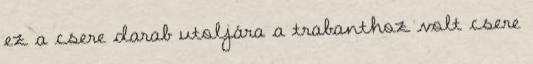
ez a csere darab utoljára a trabanthoz volt csere